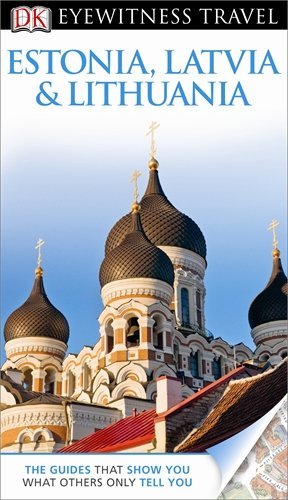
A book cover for DK Eyewitness Travel Guide: Estonia, Latvia & Lithuania (Eyewitness Travel Guides) by Howard Jarvis (3-Jun-2013) Flexibound; Howard Jarvis; Travel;